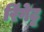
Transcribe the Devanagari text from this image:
रिंगेट्ट